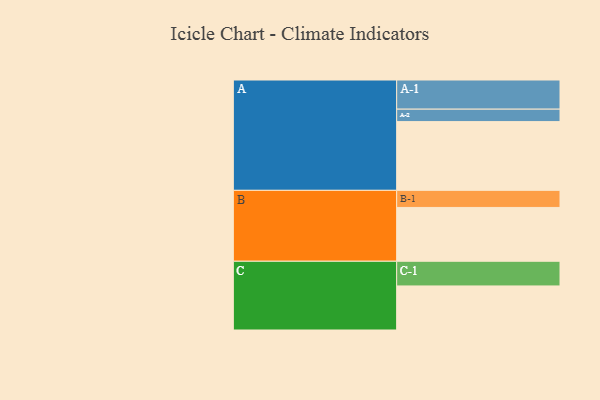
{"axis": {"x": "Segment", "y": "Value"}, "legend": ["", "A", "B", "C"], "data": [{"x": "A", "y": 507, "type": ""}, {"x": "B", "y": 397, "type": ""}, {"x": "C", "y": 325, "type": ""}, {"x": "A-1", "y": 215, "type": "A"}, {"x": "A-2", "y": 92, "type": "A"}, {"x": "B-1", "y": 126, "type": "B"}, {"x": "C-1", "y": 182, "type": "C"}]}